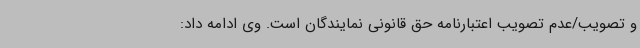
و تصویب/عدم تصویب اعتبارنامه حق قانونی نمایندگان است. وی ادامه داد: